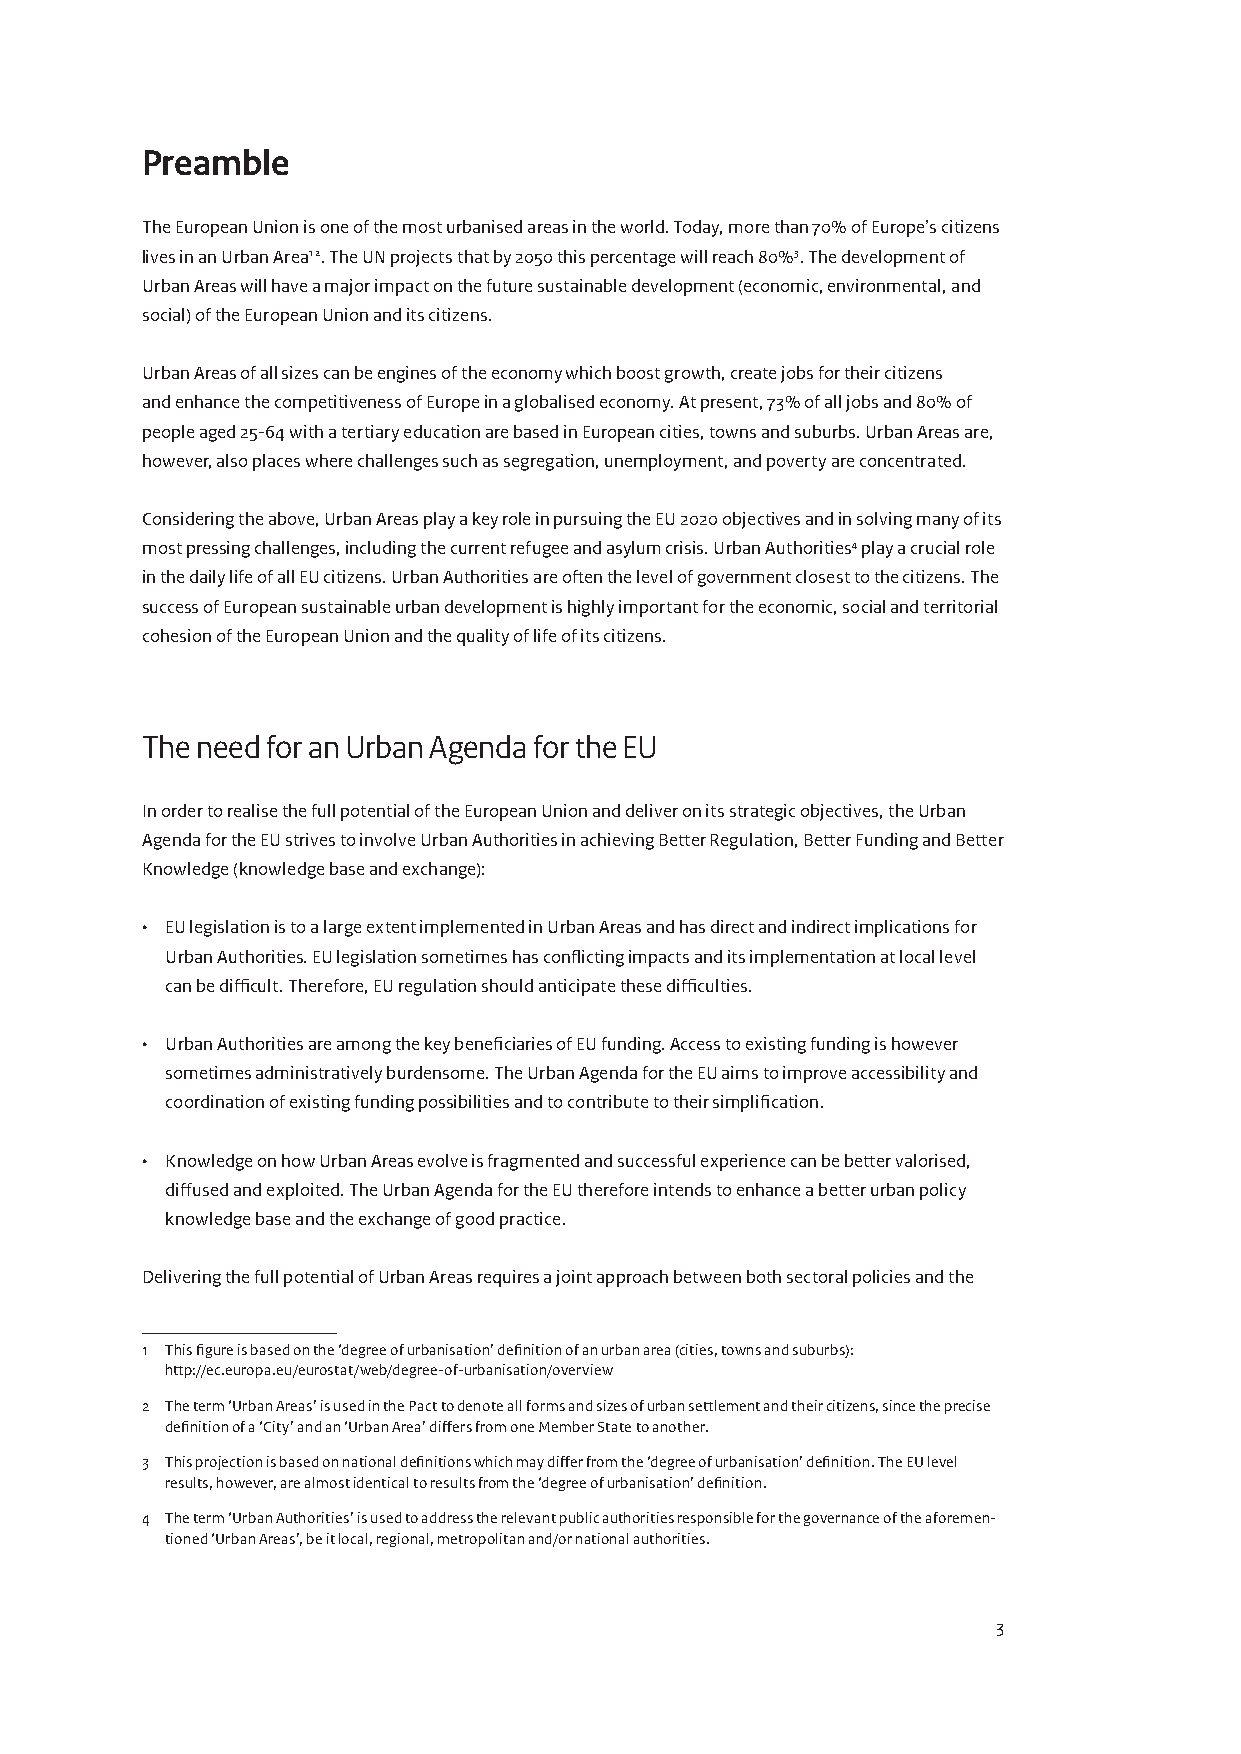
Preamble
 The European Union is one of the most urbanised areas in the world. Today, more than 70% of Europe’s citizens
 lives in an Urban Area1 2. The UN projects that by 2050 this percentage will reach 80%3. The development of
 Urban Areas will have a major impact on the future sustainable development (economic, environmental, and
 social) of the European Union and its citizens.
 Urban Areas of all sizes can be engines of the economy which boost growth, create jobs for their citizens
 and enhance the competitiveness of Europe in a globalised economy. At present, 73% of all jobs and 80% of
 people aged 25-64 with a tertiary education are based in European cities, towns and suburbs. Urban Areas are,
 however, also places where challenges such as segregation, unemployment, and poverty are concentrated.
 Considering the above, Urban Areas play a key role in pursuing the EU 2020 objectives and in solving many of its
 most pressing challenges, including the current refugee and asylum crisis. Urban Authorities4 play a crucial role
 in the daily life of all EU citizens. Urban Authorities are often the level of government closest to the citizens. The
 success of European sustainable urban development is highly important for the economic, social and territorial
 cohesion of the European Union and the quality of life of its citizens.
 The need for an Urban Agenda for the EU
 In order to realise the full potential of the European Union and deliver on its strategic objectives, the Urban
 Agenda for the EU strives to involve Urban Authorities in achieving Better Regulation, Better Funding and Better
 Knowledge (knowledge base and exchange):
 • EU legislation is to a large extent implemented in Urban Areas and has direct and indirect implications for
 Urban Authorities. EU legislation sometimes has conflicting impacts and its implementation at local level
 can be difficult. Therefore, EU regulation should anticipate these difficulties.
 • Urban Authorities are among the key beneficiaries of EU funding. Access to existing funding is however
 sometimes administratively burdensome. The Urban Agenda for the EU aims to improve accessibility and
 coordination of existing funding possibilities and to contribute to their simplification.
 • Knowledge on how Urban Areas evolve is fragmented and successful experience can be better valorised,
 diffused and exploited. The Urban Agenda for the EU therefore intends to enhance a better urban policy
 knowledge base and the exchange of good practice.
 Delivering the full potential of Urban Areas requires a joint approach between both sectoral policies and the
 1 This figure is based on the ‘degree of urbanisation’ definition of an urban area (cities, towns and suburbs):
 http://ec.europa.eu/eurostat/web/degree-of-urbanisation/overview
 2 The term ‘Urban Areas’ is used in the Pact to denote all forms and sizes of urban settlement and their citizens, since the precise
 definition of a ‘City’ and an ‘Urban Area’ differs from one Member State to another.
 3 This projection is based on national definitions which may differ from the ‘degree of urbanisation’ definition. The EU level
 results, however, are almost identical to results from the ‘degree of urbanisation’ definition.
 4 The term ‘Urban Authorities’ is used to address the relevant public authorities responsible for the governance of the aforemen-
 tioned ‘Urban Areas’, be it local, regional, metropolitan and/or national authorities.
 3